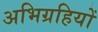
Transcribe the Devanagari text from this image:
अभिग्रहियों